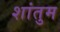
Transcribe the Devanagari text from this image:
शांतुम